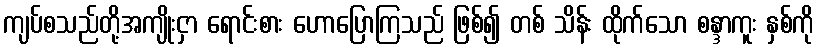
ကျပ်စသည်တို့အကျိုးငှာ ရောင်းစား ဟောပြောကြသည် ဖြစ်၍ တစ် သိန်း ထိုက်သော စန္ဒာကူး နှစ်ကို